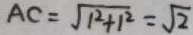
A C = \sqrt { 1 ^ { 2 } + 1 ^ { 2 } } = \sqrt { 2 }